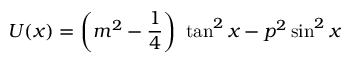
U ( x ) = \left( m ^ { 2 } - \frac { 1 } { 4 } \right) \ \tan ^ { 2 } x - p ^ { 2 } \sin ^ { 2 } x